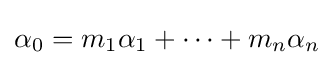
\displaystyle {\alpha _{0}=m_{1}\alpha _{1}+\cdots +m_{n}\alpha _{n}}